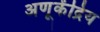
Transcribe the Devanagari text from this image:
अणूकेंद्रिय